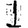
Digit: 1